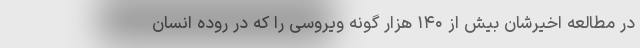
در مطالعه اخیرشان بیش از ۱۴۰ هزار گونه ویروسی را که در روده انسان